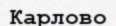
Карлово